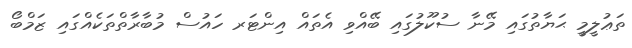
ތަޢުލީމީ ޙަޔާތުގައި މޭނާ ސުކޫލުގައި ބޭއްވި އެތައް އިންޓަރ ހައުސް މުބާރާތްތަކެއްގައި ޒަމްބޯ